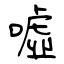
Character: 噓